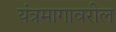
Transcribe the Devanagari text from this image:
यंत्रमागावरील